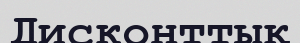
Дисконттық